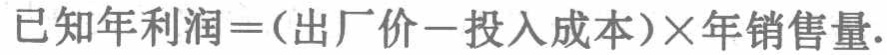
已知年利润=(出厂价−投入成本)×年销售量.